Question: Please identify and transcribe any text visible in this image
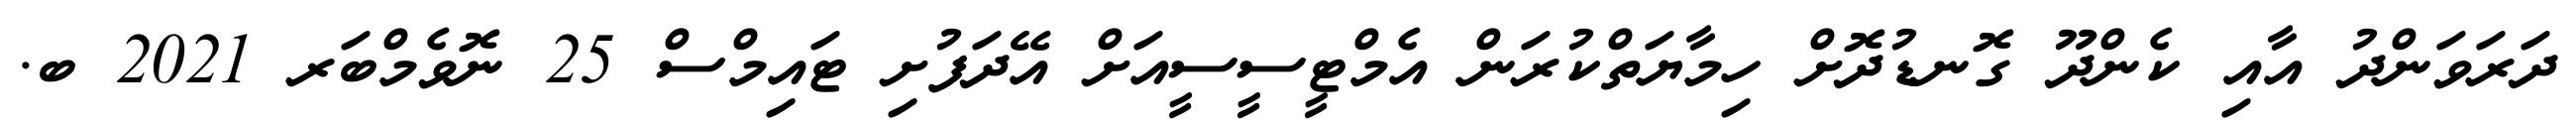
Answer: ދަރަވަންދު އާއި ކެންދޫ ގޮނޑުދޮށް ހިމާޔަތްކުރަން އެމްޓީސީސީއަށް އޭދަފުށި ޓައިމްސް 25 ނޮވެމްބަރ 2021 ބ.